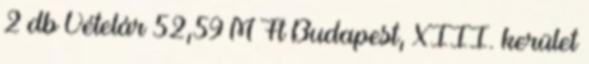
2 db Vételár 52,59 M Ft Budapest, XIII. kerület